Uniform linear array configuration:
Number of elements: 24
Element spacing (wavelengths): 0.25
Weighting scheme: hamming
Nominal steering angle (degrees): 45
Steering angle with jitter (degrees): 43.611
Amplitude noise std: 0.05
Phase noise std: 0.05

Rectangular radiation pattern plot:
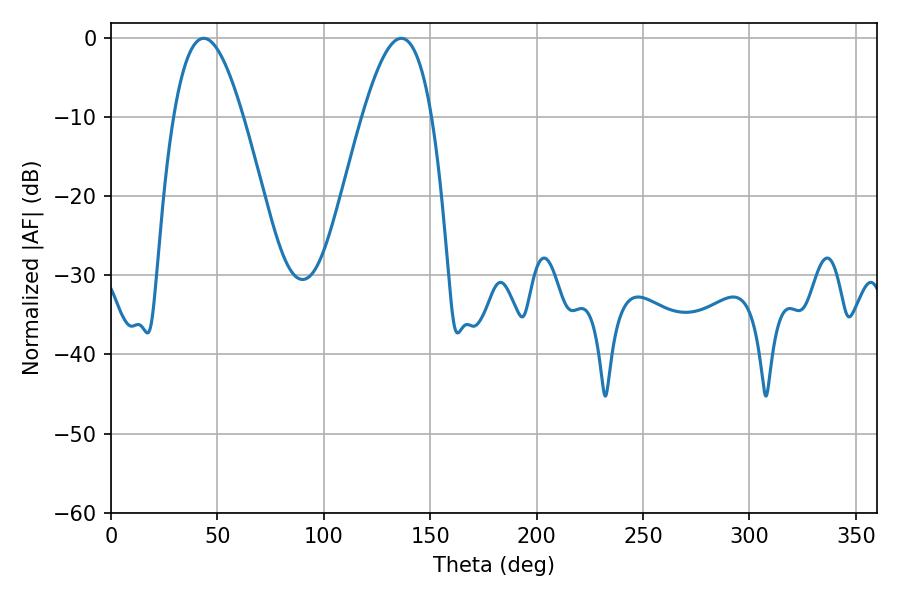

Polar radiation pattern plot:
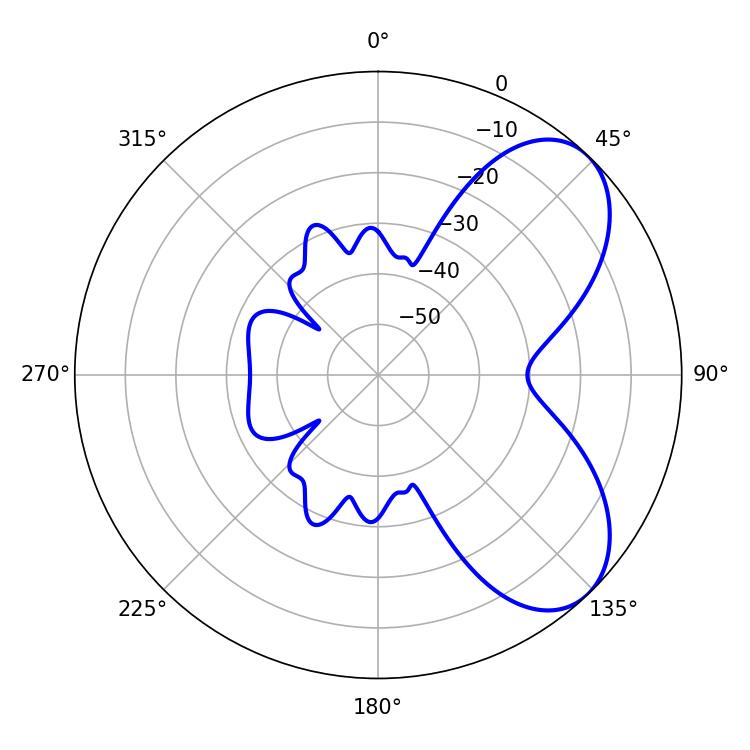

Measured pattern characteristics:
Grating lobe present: FALSE
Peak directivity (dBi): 6.296
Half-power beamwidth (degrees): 17.82
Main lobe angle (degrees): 43.56